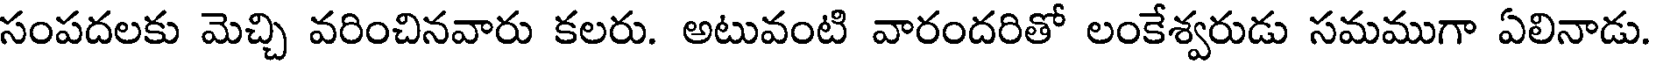
సంపదలకు మెచ్చి వరించినవారు కలరు. అటువంటి వారందరితో లంకేశ్వరుడు సమముగా ఏలినాడు.